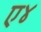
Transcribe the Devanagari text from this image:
ए४